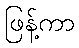
ဖြန့်ကာ